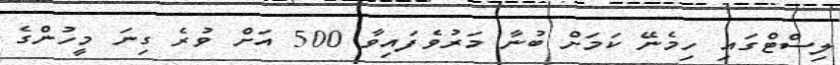
ލިސްޓްގައި ހިމެނޭ ކަމަށް ބުނާ މަރުވެފައިވާ 500 އަށް ވުރެ ގިނަ މީހުންގެ